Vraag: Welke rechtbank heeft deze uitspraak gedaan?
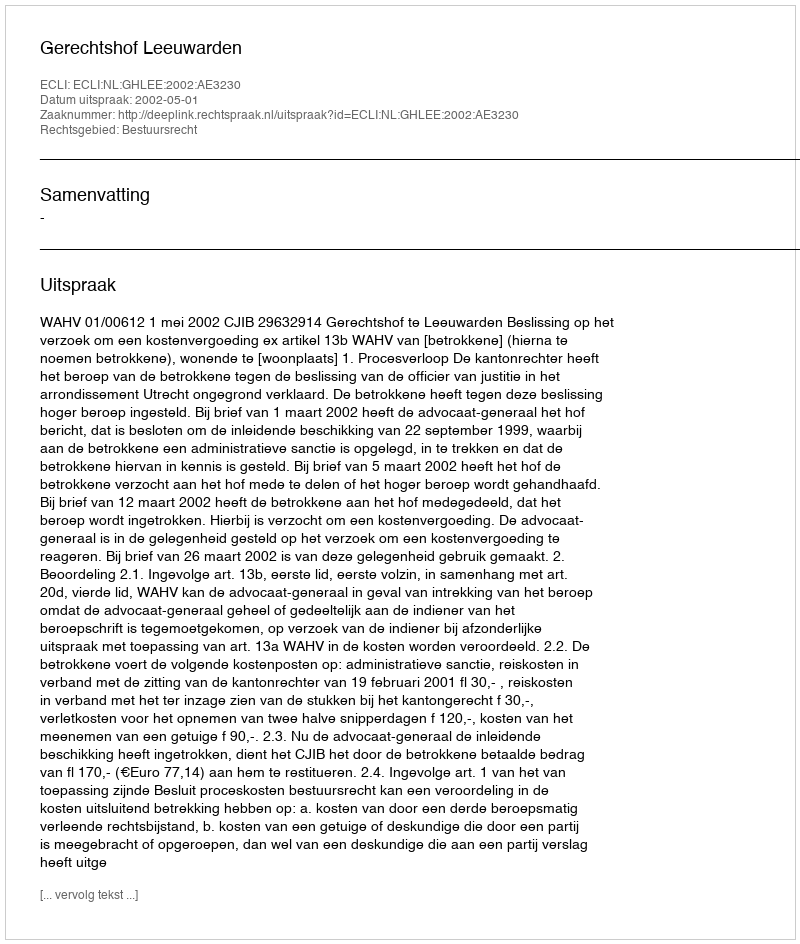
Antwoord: Gerechtshof Leeuwarden